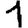
Digit: 1